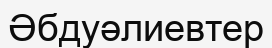
Әбдуәлиевтер